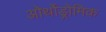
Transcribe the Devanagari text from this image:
ओर्थोड्रोमिक